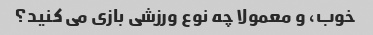
خوب، و معمولا چه نوع ورزشی بازی می کنید؟